Indian journal of veterinary science and animal husbandry - Volume 12,
Year: 1942
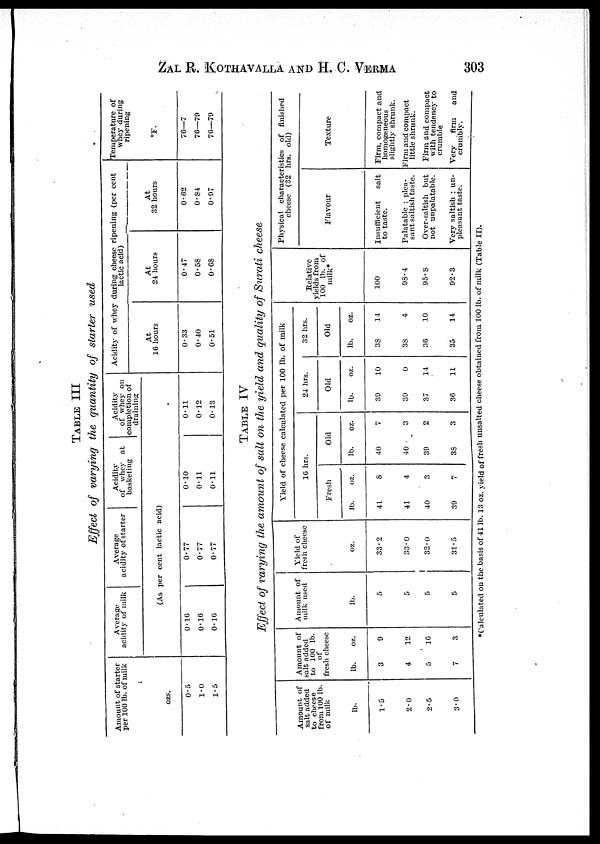
ZAL R. KOTHAVALLA AND H. C.
VERMA
303
TABLE III
Effect of varying the quantity of starter used
Amount of starter
per 100 lb. of milk
ozs.
0.5
1.0
1.5
Average
acidity of milk
Average
acidity of starter
Acidity
of whey at
basketing
(As per cent lactic acid)
0.16
0.16
0.16
0.77
0.77
0.77
0.10
0.11
0.11
Acidity
of whey on
completion of
draining
0.11
0.12
0.13
Acidity of whey during cheese ripening (per cent
lactic acid)
At
16 hours
0.33
0.40
0.51
At
24 hours
0.47
0.58
0.68
At
32 hours
0.62
0.84
0.97
Temperature of
whey during
ripening
°F.
76—7
76—79
76—79
TABLE IV
Effect of varying the amount of salt on the yield and quality of Surati cheese
Amount of
salt added
to cheese
from 100 lb.
of milk
lb.
1.5
2.0
2.5
3.0
Amount of
salt addded
to 100 lb.
of
fresh cheese
lb.
3
4
5
7
oz.
9
12
16
3
Amount of
milk used
lb.
5
5
5
5
Yield of
fresh cheese
oz.
33.2
33.0
32.0
31.5
Yield of cheese calculated per 100 lb. of milk
16 hrs.
Fresh
lb.
41
41
40
39
oz.
8
4
3
7
Old
lb.
40
40
39
38
oz.
7
3
2
3
24 hrs.
Old
lb.
39
39
37
36
oz.
10
0
14
11
32 hrs.
Old
lb.
38
38
36
35
oz.
14
4
10
14
Relative
yields from
100 lb. of
milk*
100
98.4
95.8
92.3
Physical characteristics of finished
cheese (32 hrs. old)
Flavour
Insufficient
salt
to taste.
Palatable : plea-
sant saltish taste.
Over-saltish but
not unpalatable.
Very saltish : un-
pleasant taste.
Texture
Firm, compact and
homogeneous
slightly shrunk.
Firm and compact
little shrunk.
Firm and compact
with tendency to
crumble
Very
firm
and
crumbly.
*Calculated on the basis of 41 lb. 13 oz. yield of fresh unsalted cheese obtained from 100 lb. of milk (Table II).